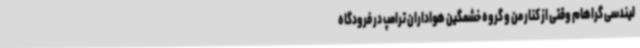
لیندسی گراهام وقتی از کنار من و گروه خشمگین هواداران ترامپ در فرودگاه